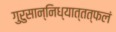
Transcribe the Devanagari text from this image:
गुरुसान्निध्यात्तत्फलं